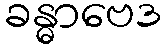
ခန္ဓာဗေဒ